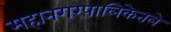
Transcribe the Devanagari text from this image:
महानगरपालिकेतले